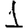
Digit: 1